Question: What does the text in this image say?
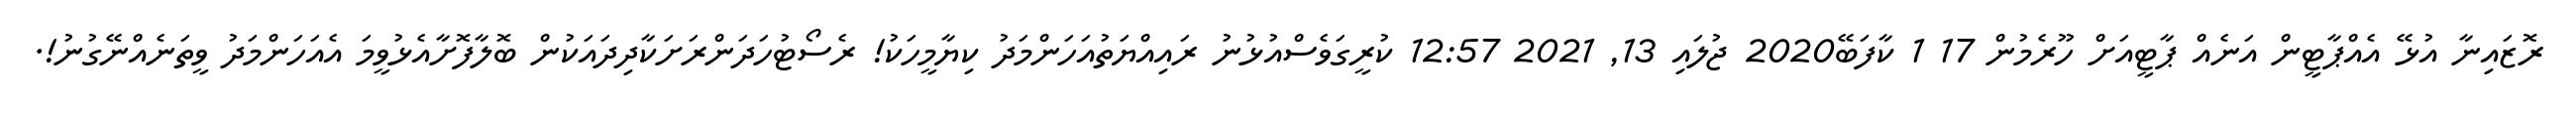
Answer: ރޮޒައިނާ އުޅޭ އެއްޕާޓީން އަނެއް ޕާޓީއަށް ހޫރެމުން 17 1 ކާފަބޭ2020 ޖުލައި 13, 2021 12:57 ކުރީގަވެސްއުޅުނު ރައިއްޔަތުއަހަންމަދު ކިޔާމީހަކު! ރެސޯޓުހަދަންރަށަކާދިދައަކުން ބޮލާފޮށާއެޅުވީމަ އެއަހަންމަދު ވީތަނެއްނޭގުނު!.